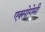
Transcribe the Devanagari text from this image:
एक्सोगेमी